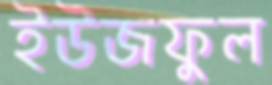
ইউজফুল